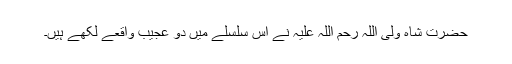
حضرت شاہ ولی اللہ رحم اللہ علیہ نے اس سلسلے میں دو عجیب واقعے لکھے ہیں۔